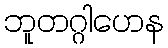
ဘူတဂ္ဂါဟေန